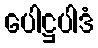
ပေါဋ္ဌပါဒံ